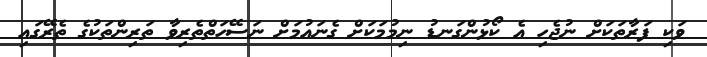
ވަކި ފަރާތަކަށް ނުޖެހި އެ ކޯޅުންގަނޑު ނިމުމަކަށް ގެނައުމަށް ނަސޭހަތްތެރިވާ ތަރިންތަކުގެ ތެރޭގައި